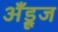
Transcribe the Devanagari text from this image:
अँड्रूज